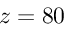
z = 8 0